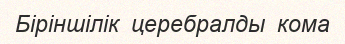
Біріншілік  церебралды  кома